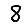
Digit: 8